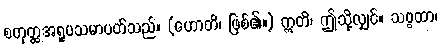
စတုတ္ထအရူပသမာပတ်သည်။ (ဟောတိ၊ ဖြစ်၏။) ဣတိ၊ ဤသို့လျှင်။ သဗ္ဗထာ၊